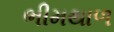
ભીમથાળ